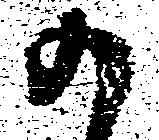
か